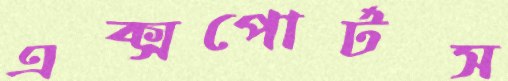
এক্সপোর্টস